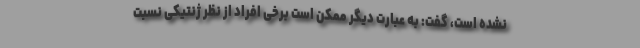
نشده است، گفت: به عبارت دیگر ممکن است برخی افراد از نظر ژنتیکی نسبت